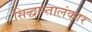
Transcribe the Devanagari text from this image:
सिद्धान्तालंकार